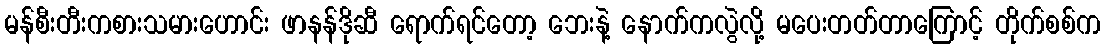
မန်စီးတီးကစားသမားဟောင်း ဖာနန်ဒိုဆီ ရောက်ရင်တော့ ဘေးနဲ့ နောက်ကလွဲလို့ မပေးတတ်တာကြောင့် တိုက်စစ်က